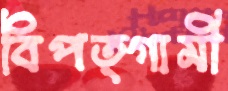
বিপত্গামী